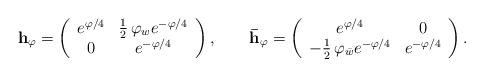
LaTeX: \begin{align*}{\bf h_\varphi} = \left(\begin{array}{cc}e^{\varphi/4} & {1\over 2}\,\varphi_w e^{-\varphi/4} \\0 & e^{-\varphi/4} \end{array} \right),\qquad{\bf \bar{h}_\varphi} = \left(\begin{array}{cc}e^{\varphi/4} & 0 \\-{1\over 2}\,\varphi_{\bar{w}} e^{-\varphi/4} & e^{-\varphi/4} \end{array} \right).\end{align*}